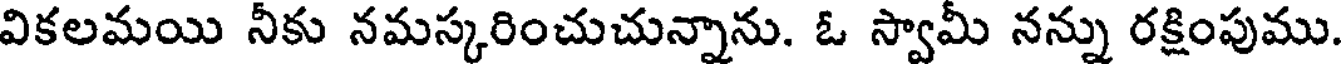
వికలమయి నీకు నమస్కరించుచున్నాను. ఓ స్వామీ నన్ను రక్షింపుము.